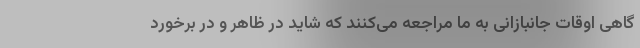
گاهی اوقات جانبازانی به ما مراجعه می‌کنند که شاید در ظاهر و در برخورد